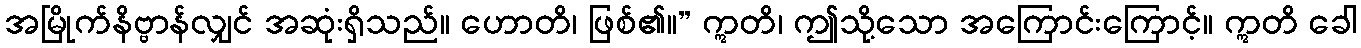
အမြိုက်နိဗ္ဗာန်လျှင် အဆုံးရှိသည်။ ဟောတိ၊ ဖြစ်၏။” ဣတိ၊ ဤသို့သော အကြောင်းကြောင့်။ ဣတိ ခေါ